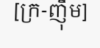
[ក្រ-ញ៉ឹម]